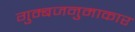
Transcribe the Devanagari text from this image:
गुम्बजनुमाकार